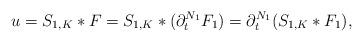
\begin{align*}u=S_{1,K}*F=S_{1,K}*(\partial_t^{N_1}F_1)=\partial_t^{N_1}(S_{1,K}*F_1),\end{align*}